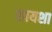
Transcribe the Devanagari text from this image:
सायशा